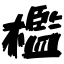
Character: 檻